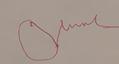
Signature authenticity: forged